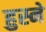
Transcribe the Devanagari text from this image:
हुस्ने